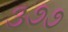
૩૭૭